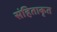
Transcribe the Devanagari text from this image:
संहिताकृत